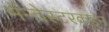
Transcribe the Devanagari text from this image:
मॅन्चेस्टरकडून